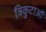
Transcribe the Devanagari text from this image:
त्रिकुटाओं